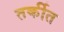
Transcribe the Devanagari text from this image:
तर्कीत